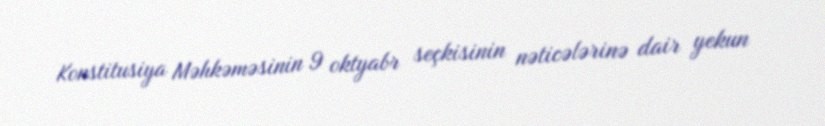
Konstitusiya Məhkəməsinin 9 oktyabr seçkisinin nəticələrinə dair yekun